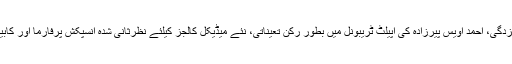
اس کے علاوہ وفاقی کابینہ نے اقبال اکیڈمی لاہور کیلئے نائب خزانچی اور گورننگ باڈی نامزدگی، احمد اویس پیرزادہ کی اپیلٹ ٹریبونل میں بطور رکن تعیناتی، نئے میڈیکل کالجز کیلئے نظرثانی شدہ انسپکش پرفارما اور کابینہ کی قومی سیکورٹی پرنٹنگ کمپنی کے بورڈ آف ڈائریکٹرز کی تعیناتی کی منظوری دیدی۔